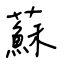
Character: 蘇